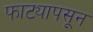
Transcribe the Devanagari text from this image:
फाट्यापसून